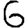
Digit: 6